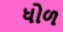
ધોળ